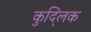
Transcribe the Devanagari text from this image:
कुद्लिक